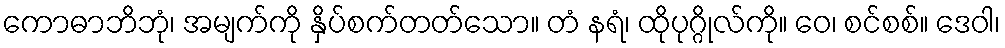
ကောဓာဘိဘုံ၊ အမျက်ကို နှိပ်စက်တတ်သော။ တံ နရံ၊ ထိုပုဂ္ဂိုလ်ကို။ ဝေ၊ စင်စစ်။ ဒေဝါ၊